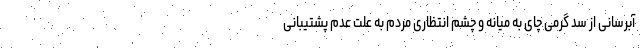
آبرسانی از سد گرمی چای به میانه و چشم انتظاری مردم به علت عدم پشتیبانی